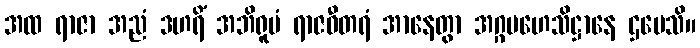
အထ ရာဇာ အညံ ဒဟရိံ အဘိရူပံ ရာဇဓီတရံ အာနေတွာ အဂ္ဂမဟေသိဋ္ဌာနေ ဌပေသိ။